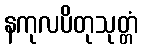
နကုလပိတုသုတ္တံ